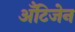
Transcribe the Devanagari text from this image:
अँटिजेन